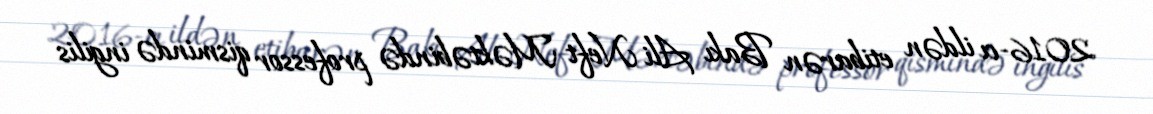
2016-cı ildən etibarən Bakı Ali Neft Məktəbində professor qismində ingilis